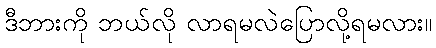
ဒီဘားကို ဘယ်လို လာရမလဲပြောလို့ရမလား။